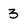
Character: 3